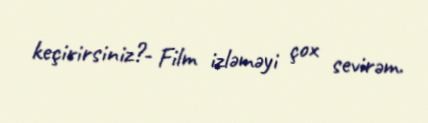
keçirirsiniz?- Film izləməyi çox sevirəm.